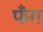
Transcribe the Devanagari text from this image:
फँग